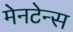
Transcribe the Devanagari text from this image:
मेनटेन्स